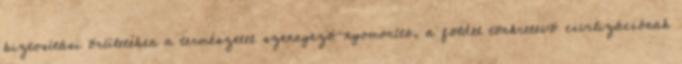
biztosítási õrületében a természetet szennyezõ-nyomorító, a földet tönkretevõ civilizációnak